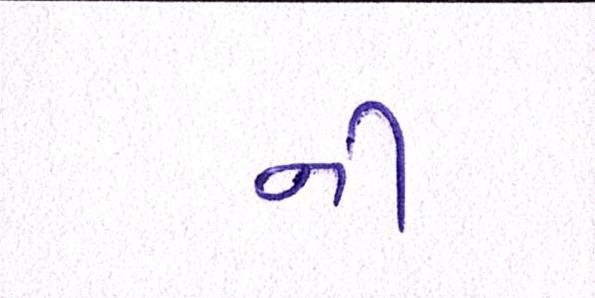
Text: નીં